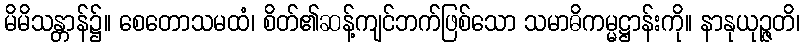
မိမိသန္တာန်၌။ စေတောသမထံ၊ စိတ်၏ဆန့်ကျင်ဘက်ဖြစ်သော သမာဓိကမ္မဋ္ဌာန်းကို။ နာနုယုဉ္ဇတိ၊